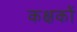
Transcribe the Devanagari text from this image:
कक्षकों